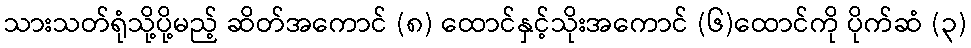
သားသတ်ရုံသို့ပို့မည့် ဆိတ်အကောင် (၈) ထောင်နှင့်သိုးအကောင် (၆)ထောင်ကို ပိုက်ဆံ (၃)